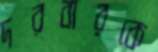
দরবারকে